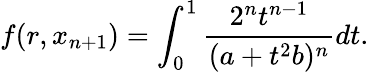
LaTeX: f(r,x_{n+1})=\int_{0}^{1}\frac{2^{n}t^{n-1}}{(a+t^{2}b)^{n}}dt.